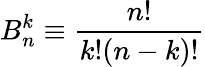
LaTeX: B_{n}^{k}\equiv\frac{n!}{k!(n-k)!}